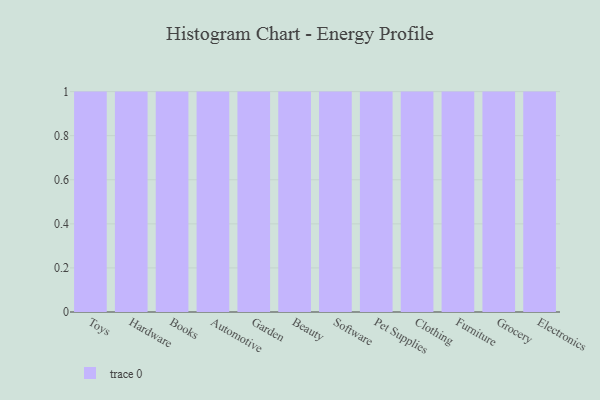
{"axis": {"x": "Category", "y": "Market Share (%)"}, "legend": [""], "data": [{"x": "Toys", "y": 88, "type": ""}, {"x": "Hardware", "y": 20, "type": ""}, {"x": "Books", "y": 67, "type": ""}, {"x": "Automotive", "y": 79, "type": ""}, {"x": "Garden", "y": 73, "type": ""}, {"x": "Beauty", "y": 91, "type": ""}, {"x": "Software", "y": 36, "type": ""}, {"x": "Pet Supplies", "y": 72, "type": ""}, {"x": "Clothing", "y": 10, "type": ""}, {"x": "Furniture", "y": 92, "type": ""}, {"x": "Grocery", "y": 95, "type": ""}, {"x": "Electronics", "y": 56, "type": ""}]}